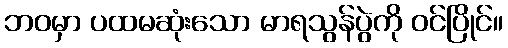
ဘဝမှာ ပထမဆုံးသော မာရသွန်ပွဲကို ဝင်ပြိုင်။